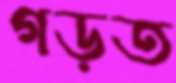
গড়ত